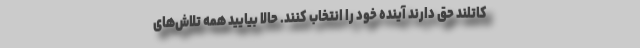
کاتلند حق دارند آینده خود را انتخاب کنند. حالا بیایید همه تلاش‌های